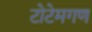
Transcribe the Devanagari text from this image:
टोटेमगण